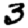
Digit: 3